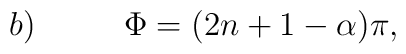
b) \,\,\,\,\,\,\,\,\,\,\,\,\,\,\,\, \Phi =(2n+1-\alpha)\pi,